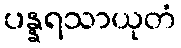
ပန္နရသာယုတံ